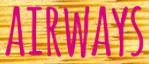
AIRWAYS